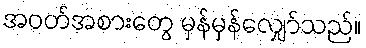
အဝတ်အစားတွေ မှန်မှန်လျှော်သည်။